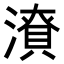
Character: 𭲜